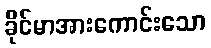
ခိုင်မာအားကောင်းသော